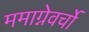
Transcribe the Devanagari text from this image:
ममाग्नेवर्चो